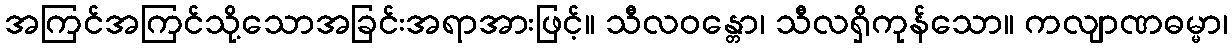
အကြင်အကြင်သို့သောအခြင်းအရာအားဖြင့်။ သီလဝန္တော၊ သီလရှိကုန်သော။ ကလျာဏဓမ္မာ၊